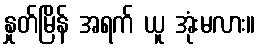
နှုတ်မြိန် အရက် ယူ အုံးမလား။